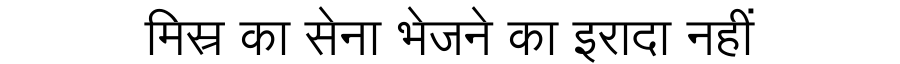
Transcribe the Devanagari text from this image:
मिस्र का सेना भेजने का इरादा नहीं